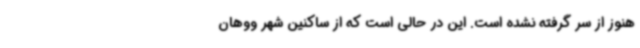
هنوز از سر گرفته نشده است. این در حالی است که از ساکنین شهر ووهان